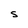
Character: S